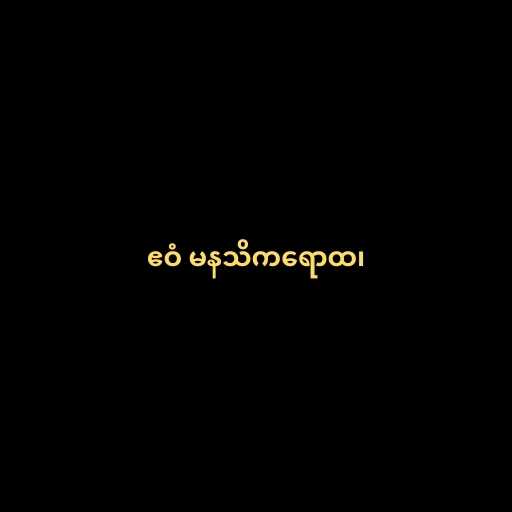
ဧဝံ မနသိကရောထ၊